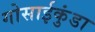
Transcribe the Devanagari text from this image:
गोसाईकुंडा